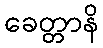
ခေတ္တာနိ